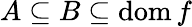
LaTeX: A\subseteq B\subseteq\operatorname{dom}f